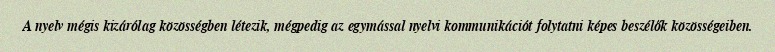
A nyelv mégis kizárólag közösségben létezik, mégpedig az egymással nyelvi kommunikációt folytatni képes beszélők közösségeiben.